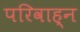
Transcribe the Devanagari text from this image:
परिवाह्न